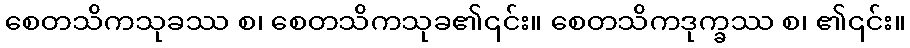
စေတသိကသုခဿ စ၊ စေတသိကသုခ၏၎င်း။ စေတသိကဒုက္ခဿ စ၊ ၏၎င်း။